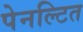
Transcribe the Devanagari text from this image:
पेनल्टित